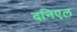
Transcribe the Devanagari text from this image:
दनिएल